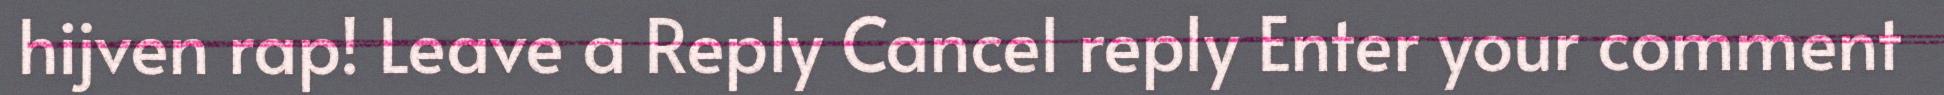
hijven rap! Leave a Reply Cancel reply Enter your comment